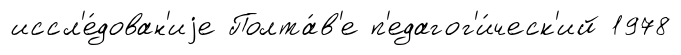
иссл'е́дован'иjе Полта́в'е п'едагог'и́ческ'ий 1978